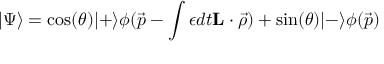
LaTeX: | \Psi \rangle = \cos ( \theta ) | + \rangle \phi ( \vec { p } - \int \epsilon d t { \bf L } \cdot \vec { \rho } ) + \sin ( \theta ) | - \rangle \phi ( \vec { p } )